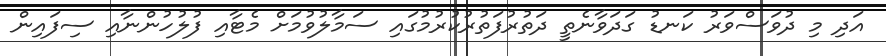
އަދި މި ދުވަސްވަރު ކަނޑު ގަދަވާނެތީ ދަތުރުފަތުރުކުރުމުގައި ސަމާލުވުމަށް މެޓާއި ފުލުހުންނާއި ސިފައިން